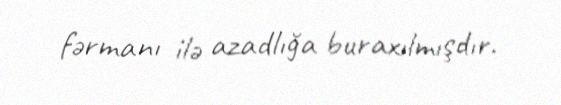
fərmanı ilə azadlığa buraxılmışdır.